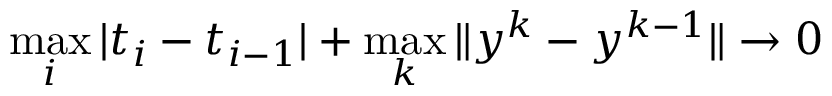
\operatorname* { m a x } _ { i } | t _ { i } - t _ { i - 1 } | + \operatorname* { m a x } _ { k } \| y ^ { k } - y ^ { k - 1 } \| \to 0